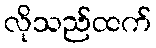
လိုသည်ထက်